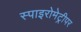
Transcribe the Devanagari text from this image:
स्पाइरोमेट्रीपर